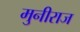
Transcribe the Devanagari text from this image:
मुनीराज